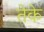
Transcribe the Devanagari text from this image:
तेके